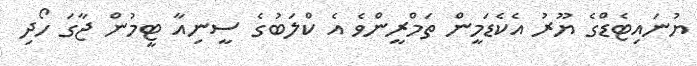
ޔުނައިޓެޑްގެ ޔޫރު އެކެޑަމީން ތަމްރީންވެ އެ ކްލަަބުގެ ސީނިއާ ޓީމުން ޖާގަ ހޯދި